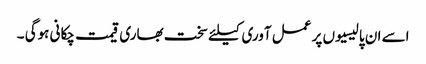
اسے ان پالیسیوں پر عمل آوری کیلئے سخت بھاری قیمت چکانی ہوگی ۔